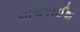
અચકાઈશ